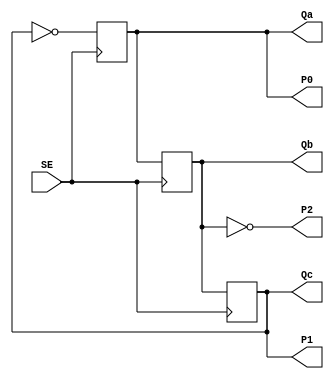
module g3f(
	input SE,
	output Qa, Qb, Qc,
	output P0, P1, P2
);

wire w0;
reg w1;
reg w2;
reg w3;

assign	Qa = w2;
assign	Qb = w3;
assign	Qc = w1;
assign	P0 = w2;
assign	P1 = w1;

always@(posedge SE)
begin
	begin
	w2 = w0;
	end
end

assign	w0 =  ~w1;


always@(posedge SE)
begin
	begin
	w3 = w2;
	end
end


always@(posedge SE)
begin
	begin
	w1 = w3;
	end
end

assign	P2 =  ~w3;


endmodule